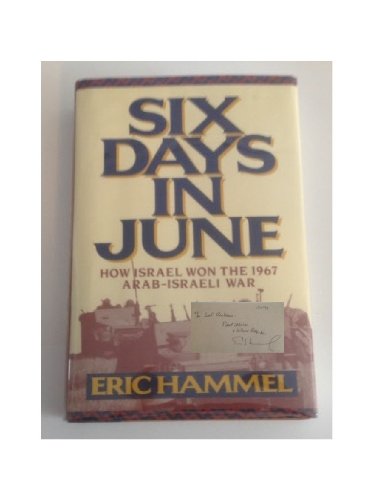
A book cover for Six Days in June: How Israel Won the 1967 Arab-Israeli War; Eric Hammel; History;